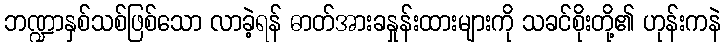
ဘဏ္ဍာနှစ်သစ်ဖြစ်သော လာခဲ့ရန် ဓာတ်အားခနှုန်းထားများကို သခင်စိုးတို့၏ ဟုန်းကနဲ